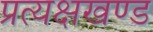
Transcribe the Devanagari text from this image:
प्रत्यक्षखण्ड